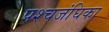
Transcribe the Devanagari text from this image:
पश्चजंघिका